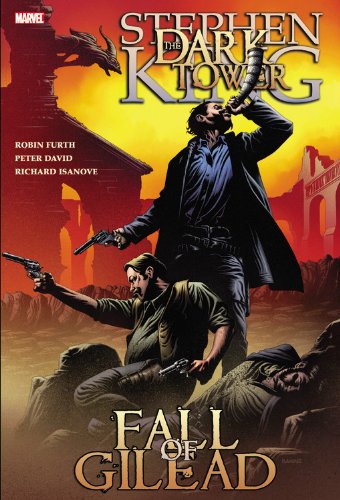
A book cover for Dark Tower: The Fall of Gilead; Stephen King; Comics & Graphic Novels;